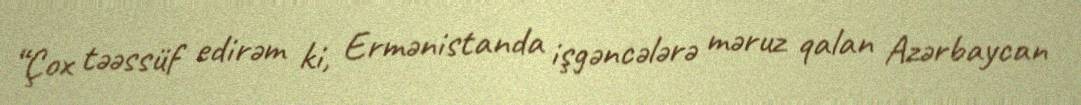
“Çox təəssüf edirəm ki, Ermənistanda işgəncələrə məruz qalan Azərbaycan